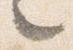
々